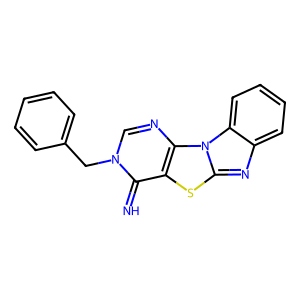
SMILES: N=c1c2sc3nc4ccccc4n3c2ncn1Cc1ccccc1
Inhibits HIV replication: No